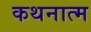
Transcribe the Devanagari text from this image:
कथनात्म